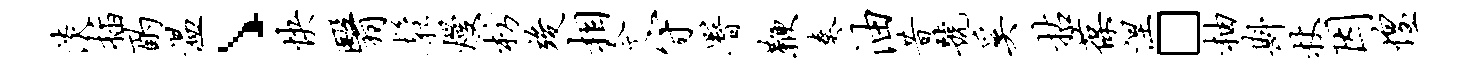
淡插酌温丶快翳松熳枋竣相今守署鞭奏油昔号奚拈葆涅□柚斟杖因惶